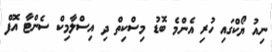
ނިއު ޔޯކްގައި ހުރި އެންމެ ބޮޑު މިސްކިތް ދި އިސްލާމިކް ސެންޓާ އޮފް